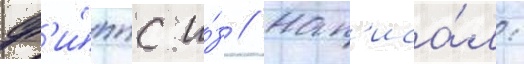
ф'и́ппс и́з // Нап'иса́л: